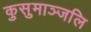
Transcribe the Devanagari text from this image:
कुसुमाञ्जलि